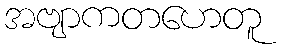
အဗျာကတဟေတူ